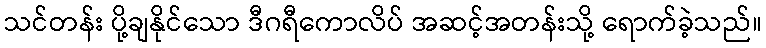
သင်တန်း ပို့ချနိုင်သော ဒီဂရီကောလိပ် အဆင့်အတန်းသို့ ရောက်ခဲ့သည်။